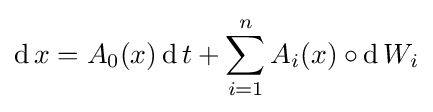
\operatorname {d} x=A_{0}(x)\operatorname {d} t+\sum _{i=1}^{n}A_{i}(x)\circ \operatorname {d} W_{i}